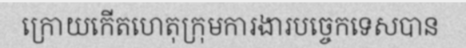
ក្រោយកើតហេតុក្រុមការងារបច្ចេកទេសបាន